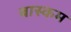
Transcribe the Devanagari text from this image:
बास्कम